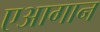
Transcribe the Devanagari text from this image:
एआगान